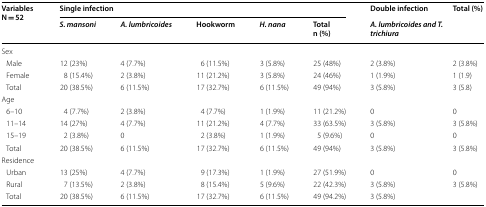
<table><thead><tr><td rowspan="2"><b>VariablesN = 52</b></td><td colspan="5"><b>Single infection</b></td><td><b>Double infection</b></td><td rowspan="2"><b>Total (%)</b></td></tr><tr><td><b><i>S. mansoni</i></b></td><td><b><i>A. lumbricoides</i></b></td><td><b>Hookworm</b></td><td><b><i>H. nana</i></b></td><td><b>Totaln (%)</b></td><td><b><i>A. lumbricoides and T. trichiura</i></b></td></tr></thead><tbody><tr><td colspan="8">Sex</td></tr><tr><td> Male</td><td>12 (23%)</td><td>4 (7.7%)</td><td>6 (11.5%)</td><td>3 (5.8%)</td><td>25 (48%)</td><td>2 (3.8%)</td><td>2 (3.8%)</td></tr><tr><td> Female</td><td>8 (15.4%)</td><td>2 (3.8%)</td><td>11 (21.2%)</td><td>3 (5.8%)</td><td>24 (46%)</td><td>1 (1.9%)</td><td>1 (1.9)</td></tr><tr><td> Total</td><td>20 (38.5%)</td><td>6 (11.5%)</td><td>17 (32.7%)</td><td>6 (11.5%)</td><td>49 (94%)</td><td>3 (5.8%)</td><td>3 (5.8)</td></tr><tr><td colspan="8">Age</td></tr><tr><td> 6–10</td><td>4 (7.7%)</td><td>2 (3.8%)</td><td>4 (7.7%)</td><td>1 (1.9%)</td><td>11 (21.2%)</td><td>0</td><td>0</td></tr><tr><td> 11–14</td><td>14 (27%)</td><td>4 (7.7%)</td><td>11 (21.2%)</td><td>4 (7.7%)</td><td>33 (63.5%)</td><td>3 (5.8%)</td><td>3 (5.8%)</td></tr><tr><td> 15–19</td><td>2 (3.8%)</td><td>0</td><td>2 (3.8%)</td><td>1 (1.9%)</td><td>5 (9.6%)</td><td>0</td><td>0</td></tr><tr><td> Total</td><td>20 (38.5%)</td><td>6 (11.5%)</td><td>17 (32.7%)</td><td>6 (11.5%)</td><td>49 (94%)</td><td>3 (5.8%)</td><td>3 (5.8%)</td></tr><tr><td colspan="8">Residence</td></tr><tr><td> Urban</td><td>13 (25%)</td><td>4 (7.7%)</td><td>9 (17.3%)</td><td>1 (1.9%)</td><td>27 (51.9%)</td><td>0</td><td>0</td></tr><tr><td> Rural</td><td>7 (13.5%)</td><td>2 (3.8%)</td><td>8 (15.4%)</td><td>5 (9.6%)</td><td>22 (42.3%)</td><td>3 (5.8%)</td><td>3 (5.8%)</td></tr><tr><td> Total</td><td>20 (38.5%)</td><td>6 (11.5%)</td><td>17 (32.7%)</td><td>6 (11.5%)</td><td>49 (94.2%)</td><td>3 (5.8%)</td><td></td></tr></tbody></table>